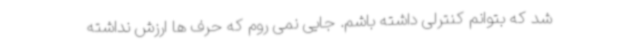
شد که بتوانم کنترلی داشته باشم. جایی نمی روم که حرف ها ارزش نداشته